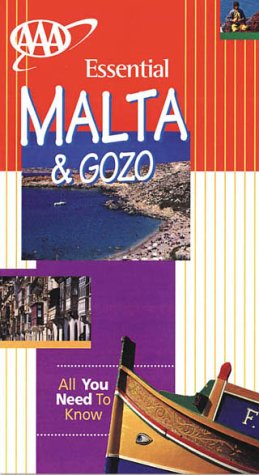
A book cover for AAA Essential Guide: Malta & Gozo (AAA Essential Guides); Patricia M. Levy; Travel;